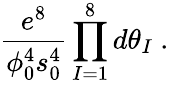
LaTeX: \frac{e^{8}}{\phi_{0}^{4}s_{0}^{4}}\prod_{I=1}^{8}d\theta_{I}\ .